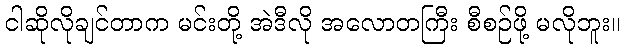
ငါဆိုလိုချင်တာက မင်းတို့ အဲဒီလို အလောတကြီး စီစဉ်ဖို့ မလိုဘူး။